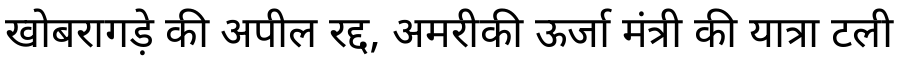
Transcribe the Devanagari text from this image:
खोबरागड़े की अपील रद्द, अमरीकी ऊर्जा मंत्री की यात्रा टली